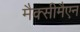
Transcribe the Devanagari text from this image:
मैक्सीमैएन